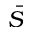
\bar { S }